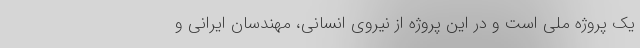
یک پروژه ملی است و در این پروژه از نیروی انسانی، مهندسان ایرانی و